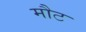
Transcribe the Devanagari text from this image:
मौट